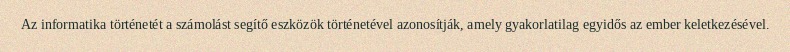
Az informatika történetét a számolást segítő eszközök történetével azonosítják, amely gyakorlatilag egyidős az ember keletkezésével.